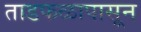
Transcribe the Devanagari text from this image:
ताडफळापासून